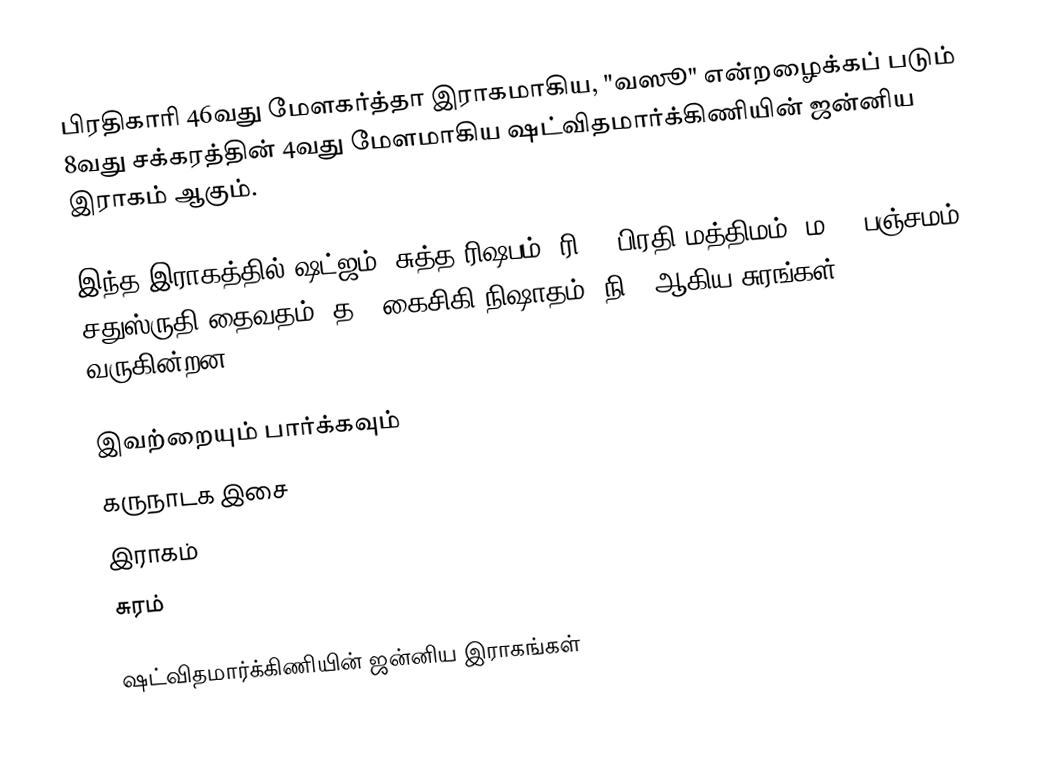
பிரதிகாரி 46வது மேளகர்த்தா இராகமாகிய, "வஸூ" என்றழைக்கப் படும் 8வது சக்கரத்தின் 4வது மேளமாகிய ஷட்விதமார்க்கிணியின் ஜன்னிய இராகம் ஆகும்.

இந்த இராகத்தில் ஷட்ஜம், சுத்த ரிஷபம் (ரி1),  பிரதி மத்திமம் (ம2), பஞ்சமம்,  சதுஸ்ருதி தைவதம் (த2) கைசிகி நிஷாதம்  (நி2) ஆகிய சுரங்கள் வருகின்றன.

இவற்றையும் பார்க்கவும்
 கருநாடக இசை
 இராகம்
 சுரம்

ஷட்விதமார்க்கிணியின் ஜன்னிய இராகங்கள்